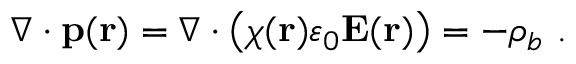
\nabla \cdot \mathbf { p } ( \mathbf { r } ) = \nabla \cdot \left( \chi ( \mathbf { r } ) \varepsilon _ { 0 } \mathbf { E } ( \mathbf { r } ) \right) = - \rho _ { b } \ .